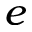
e